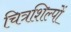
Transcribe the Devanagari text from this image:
चित्रशिल्पों